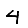
Digit: 4